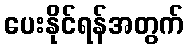
ပေးနိုင်ရန်အတွက်